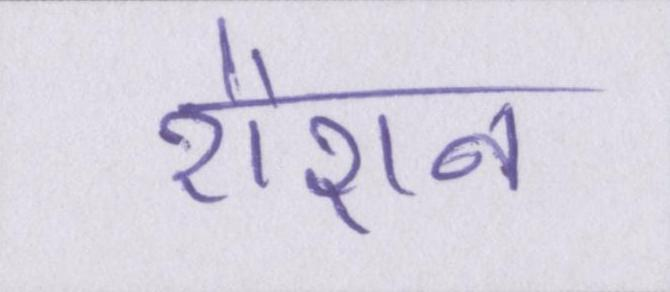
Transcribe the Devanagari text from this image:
रौशन